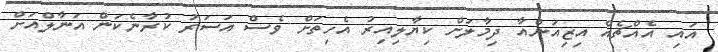
އައި އެއްޗެއް އިޒިއަންއާ ދިމާލަށް ކިޔާލިއިރު އެހިތަށް ވެސް އަސަރު ކުރާނެކަން އަނާލްއަށް